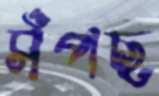
সঁপছ